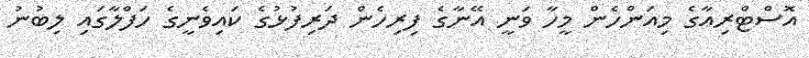
އޮސްޓްރިއާގެ މިއަންހެން މީހާ ވަނީ އޭނާގެ ފިރިހެން ދަރިފުޅުގެ ކައިވެނީގެ ހަފްލާގައި ލިބުނު